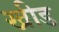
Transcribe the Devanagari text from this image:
खीड